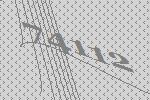
74112